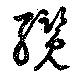
纜